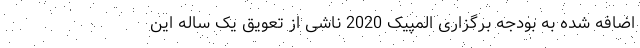
اضافه شده به بودجه برگزاری المپیک 2020 ناشی از تعویق یک ساله این